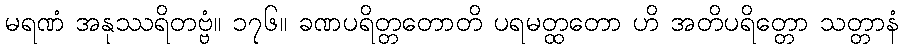
မရဏံ အနုဿရိတဗ္ဗံ။ ၁၇၆။ ခဏပရိတ္တတောတိ ပရမတ္ထတော ဟိ အတိပရိတ္တော သတ္တာနံ